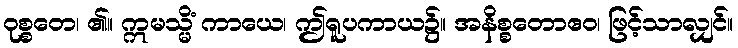
ဝုစ္စတေ၊ ၏။ ဣမသ္မိံ ကာယေ၊ ဤရူပကာယ၌။ အနိစ္စတောဧဝ၊ ဖြင့်သာလျှင်။